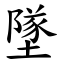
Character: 墜